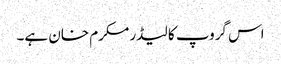
اس گروپ کا لیڈر مکرم خان ہے۔